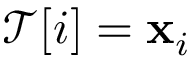
\mathcal { T } [ i ] = \mathbf { x } _ { i }